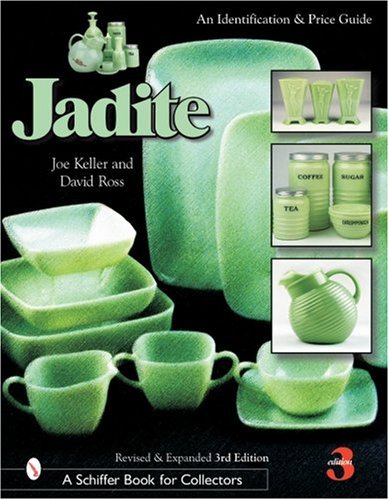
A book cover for Jadite: An Identification and Price Guide; Joe Keller; Crafts, Hobbies & Home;